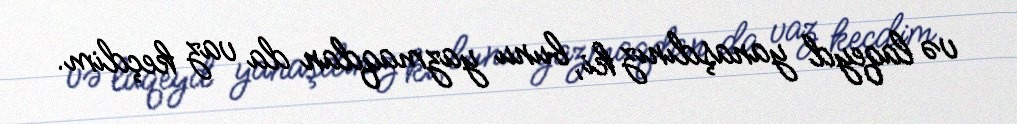
və laqeyd yanaşdınız ki, bunu yazmaqdan da vaz keçdim.